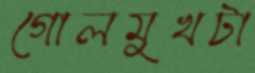
গোলমুখটা